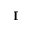
\mathbf { I }